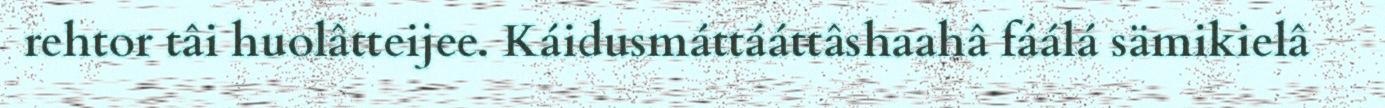
rehtor tâi huolâtteijee. Káidusmáttááttâshaahâ fáálá sämikielâ